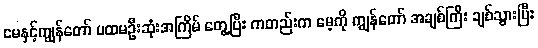
မေနှင့်ကျွန်တော် ပထမဦးဆုံးအကြိမ် တွေ့ပြီး ကတည်းက မေ့ကို ကျွန်တော် အချစ်ကြီး ချစ်သွားပြီး